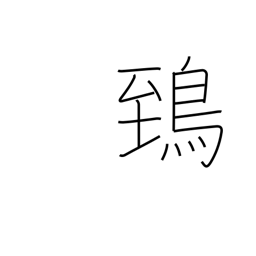
Meaning: horned owl